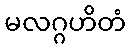
မလဂ္ဂဟိတံ